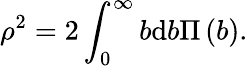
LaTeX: \rho^{2}=2\int_{0}^{\infty}{b\mathrm{d}b}\Pi\left(b\right).